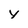
Character: y